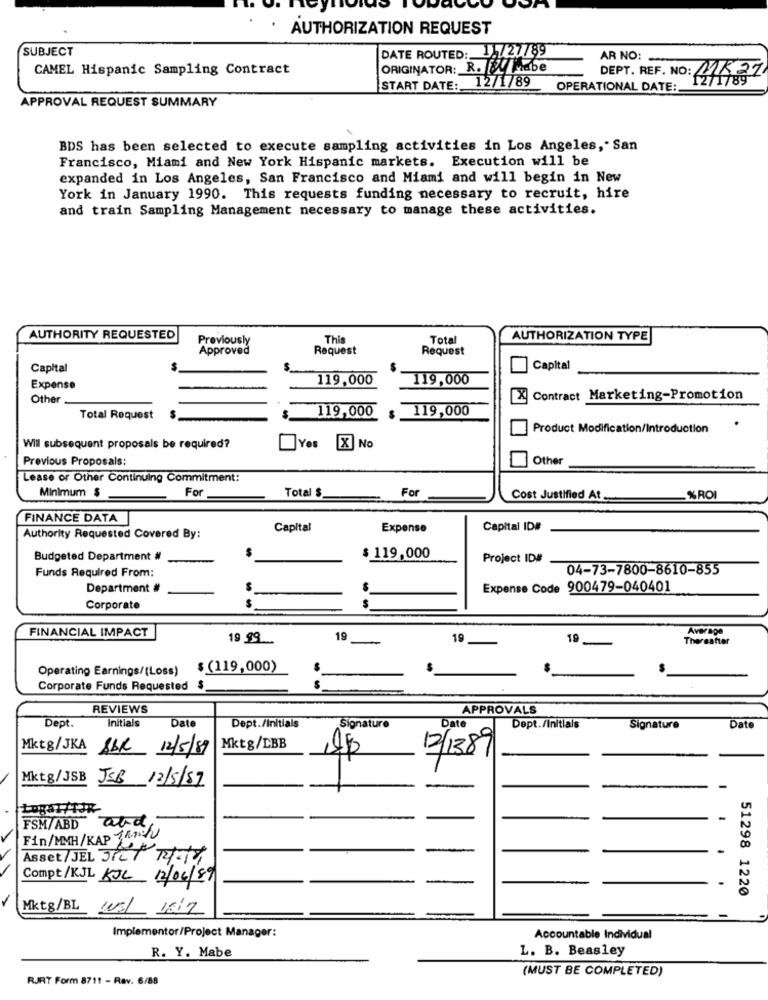
AUTHORIZATION REQUEST
SUBJECT
DATE ROUTED: 11/27789
AR NO:
CAMEL Hispanic Sampling Contract
ORIGINATOR: R. W Habe
DEPT. REF. NO: 2737
1211789
START DATE :_
12/1/89 OPERATIONAL DATE:
APPROVAL REQUEST SUMMARY
BDS has been selected to execute sampling activities in Los Angeles, San
Francisco, Miami and New York Hispanic markets. Execution will be
expanded in Los Angeles, San Francisco and Miami and will begin in New
York in January 1990. This requests funding necessary to recruit, hire
and train Sampling Management necessary to manage these activities.
AUTHORITY REQUESTED
Previously
This
Total
AUTHORIZATION TYPE
Approved
Request
Request
Capital
Capital
119,000
119,000
Expense
Other
X Contract Marketing-Promotion
119,000
119,000
Total Request
$
Product Modification/Introduction
Will subsequent proposals be required?
Yes [X] No
Previous Proposals:
Other
Lease or Other Continuing Commitment:
Minimum $
For
Total $
For
Cost Justified At
%ROI
FINANCE DATA
Capital
Expense
Capital ID#
Authority Requested Covered By:
Budgeted Department #
$ 119,000
Project ID#
Funds Required From:
04-73-7800-8610-855
Department #
Expense Code 900479-040401
Corporate
FINANCIAL IMPACT
Average
19 99
19
-
19
19
Thereafter
Operating Earnings/(Loss)
$ (119,000)
Corporate Funds Requested $
REVIEWS
APPROVALS
Dept.
Initials
Date
Dept./Initials
Signature
Date
Dept./Initials
Signature
Date
Mktg/JKA ABR 12/5/89
Mktg/LBB
12/1389
Mktg/JSB
JEB 12/5/87
-
-
FSM/ABD aldy
Fin/MMH/KAP TAIN/U
Asset/ JEL 3121 PKT
Compt/KJL KJL 12/06/89
51298 1220
1
Mktg/BL WEL 1817
Implementor/Project Manager:
Accountable Individual
R. Y. Mabe
L. B. Beasley
(MUST BE COMPLETED)
RJRT Form 8711 - Rev. 6/88